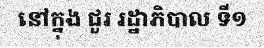
នៅក្នុង ជួរ រដ្ឋាភិបាល ទី១